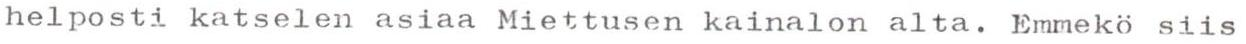
helposti katselen asiaa Miettusen kainalon alta. Emmekö siis